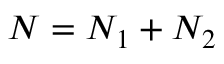
N = N _ { 1 } + N _ { 2 }